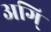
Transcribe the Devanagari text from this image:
अगि्